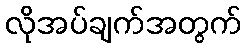
လိုအပ်ချက်အတွက်